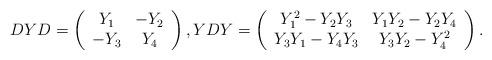
LaTeX: \begin{align*}DYD=\left(\begin{array}{cc} Y_1 & -Y_2 \\ -Y_3 & Y_4 \\\end{array}\right), YDY =\left(\begin{array}{cc} Y_1^2 -Y_2 Y_3 & Y_1 Y_2- Y_2 Y_4 \\ Y_3 Y_1- Y_4 Y_3 & Y_3 Y_2- Y_4^2 \\\end{array}\right).\end{align*}